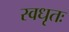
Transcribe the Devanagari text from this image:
स्वधृतः